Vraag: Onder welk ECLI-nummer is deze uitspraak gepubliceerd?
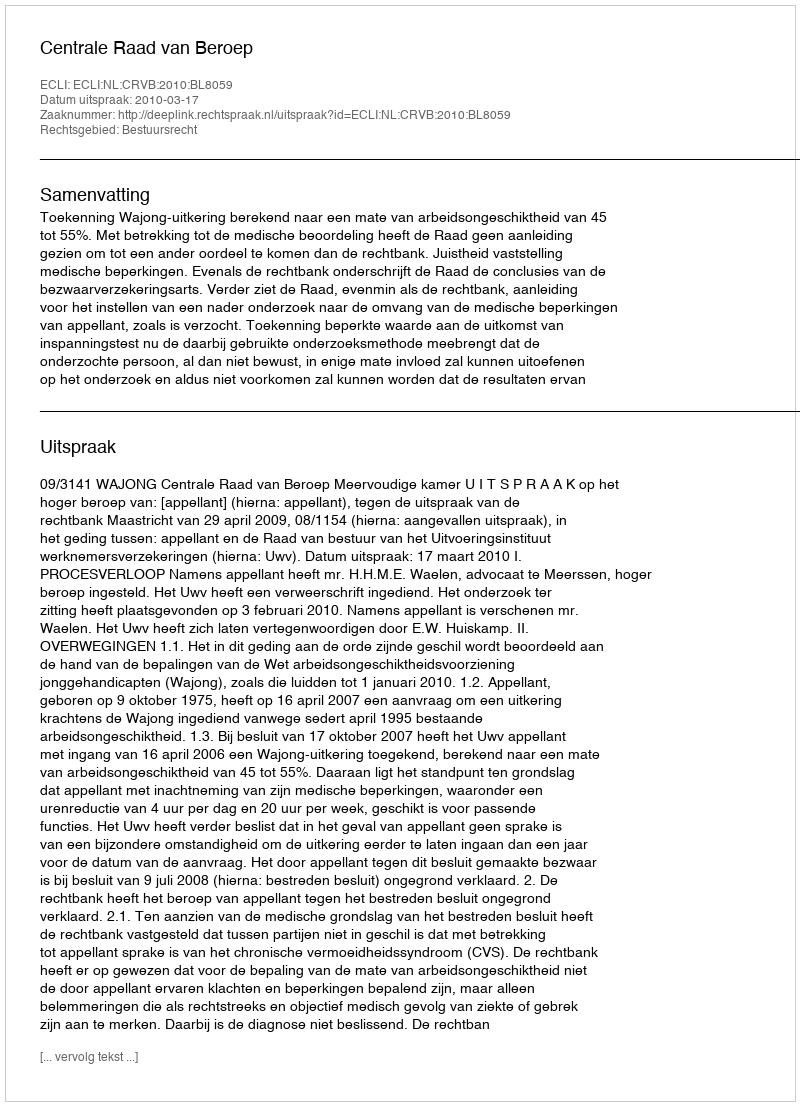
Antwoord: ECLI:NL:CRVB:2010:BL8059